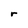
Character: r